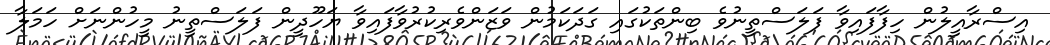
އިސްރާއީލުން ހިފާފައިވާ ފަލަސްތީނުވެ ބިންތަކުގައި ގަދަކަމުން ވަޒަންވެރިކުރުވާފައިވާ ޔަހޫދީން ފަލަސްތީނު މީހުންނަށް ހަމަލާ